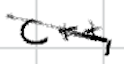
Text: C++,
Cross-out: diagonal
Writing tool: digital_black